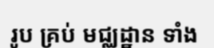
រូប គ្រប់ មជ្ឈដ្ឋាន ទាំង